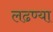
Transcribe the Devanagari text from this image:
लढण्या